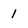
Character: 1